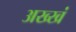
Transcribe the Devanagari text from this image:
अख्खं